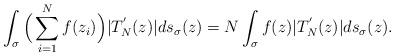
LaTeX: \begin{align*} \int_{\sigma} \Big( \sum_{i=1}^{N} f(z_i) \Big) |T_{N}^{'}(z)| ds_\sigma(z) = N \int_\sigma f(z)|T_{N}^{'}(z)| ds_\sigma(z).\end{align*}